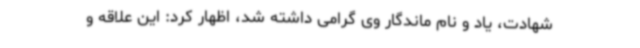
شهادت، یاد و نام ماندگار وی گرامی داشته شد، اظهار کرد: این علاقه و